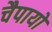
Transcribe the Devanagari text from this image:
चैपायों